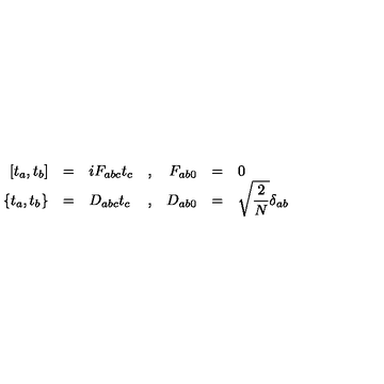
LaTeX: \begin{array} { r c l c r c l } { \displaystyle [ t _ { a } , t _ { b } ] } & { = } & { i F _ { a b c } t _ { c } } & { , } & { F _ { a b 0 } } & { = } & { 0 } \\ { \displaystyle \{ t _ { a } , t _ { b } \} } & { = } & { D _ { a b c } t _ { c } } & { , } & { D _ { a b 0 } } & { = } & { \displaystyle \sqrt { \frac { 2 } { N } } \delta _ { a b } } \\ \end{array}